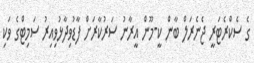
ގެ ސެކްރެޓަރީ ޖެނެރަލް ބާން ކީ-މޫން އީރާނު ސަރުކާރަށް ފާޑުވިދާޅުވިއިރު ސަމިޓްގެ ވަކި